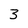
Character: 3